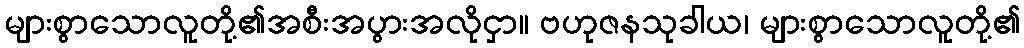
များစွာသောလူတို့၏အစီးအပွားအလိုငှာ။ ဗဟုဇနသုခါယ၊ များစွာသောလူတို့၏